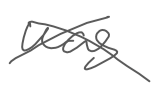
Text: was
Cross-out: cross
Writing tool: digital_gray